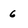
Character: 6